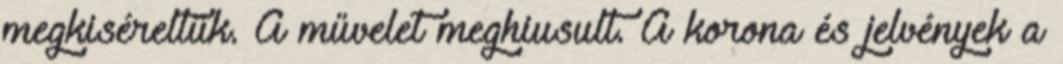
megkiséreltük. A művelet meghiusult. A korona és jelvények a